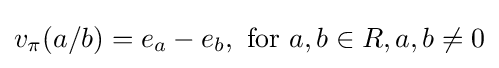
v_{\pi }(a/b)=e_{a}-e_{b},{\text{ for }}a,b\in R,a,b\neq 0